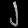
Digit: ၂